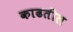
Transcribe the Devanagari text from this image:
काढतील